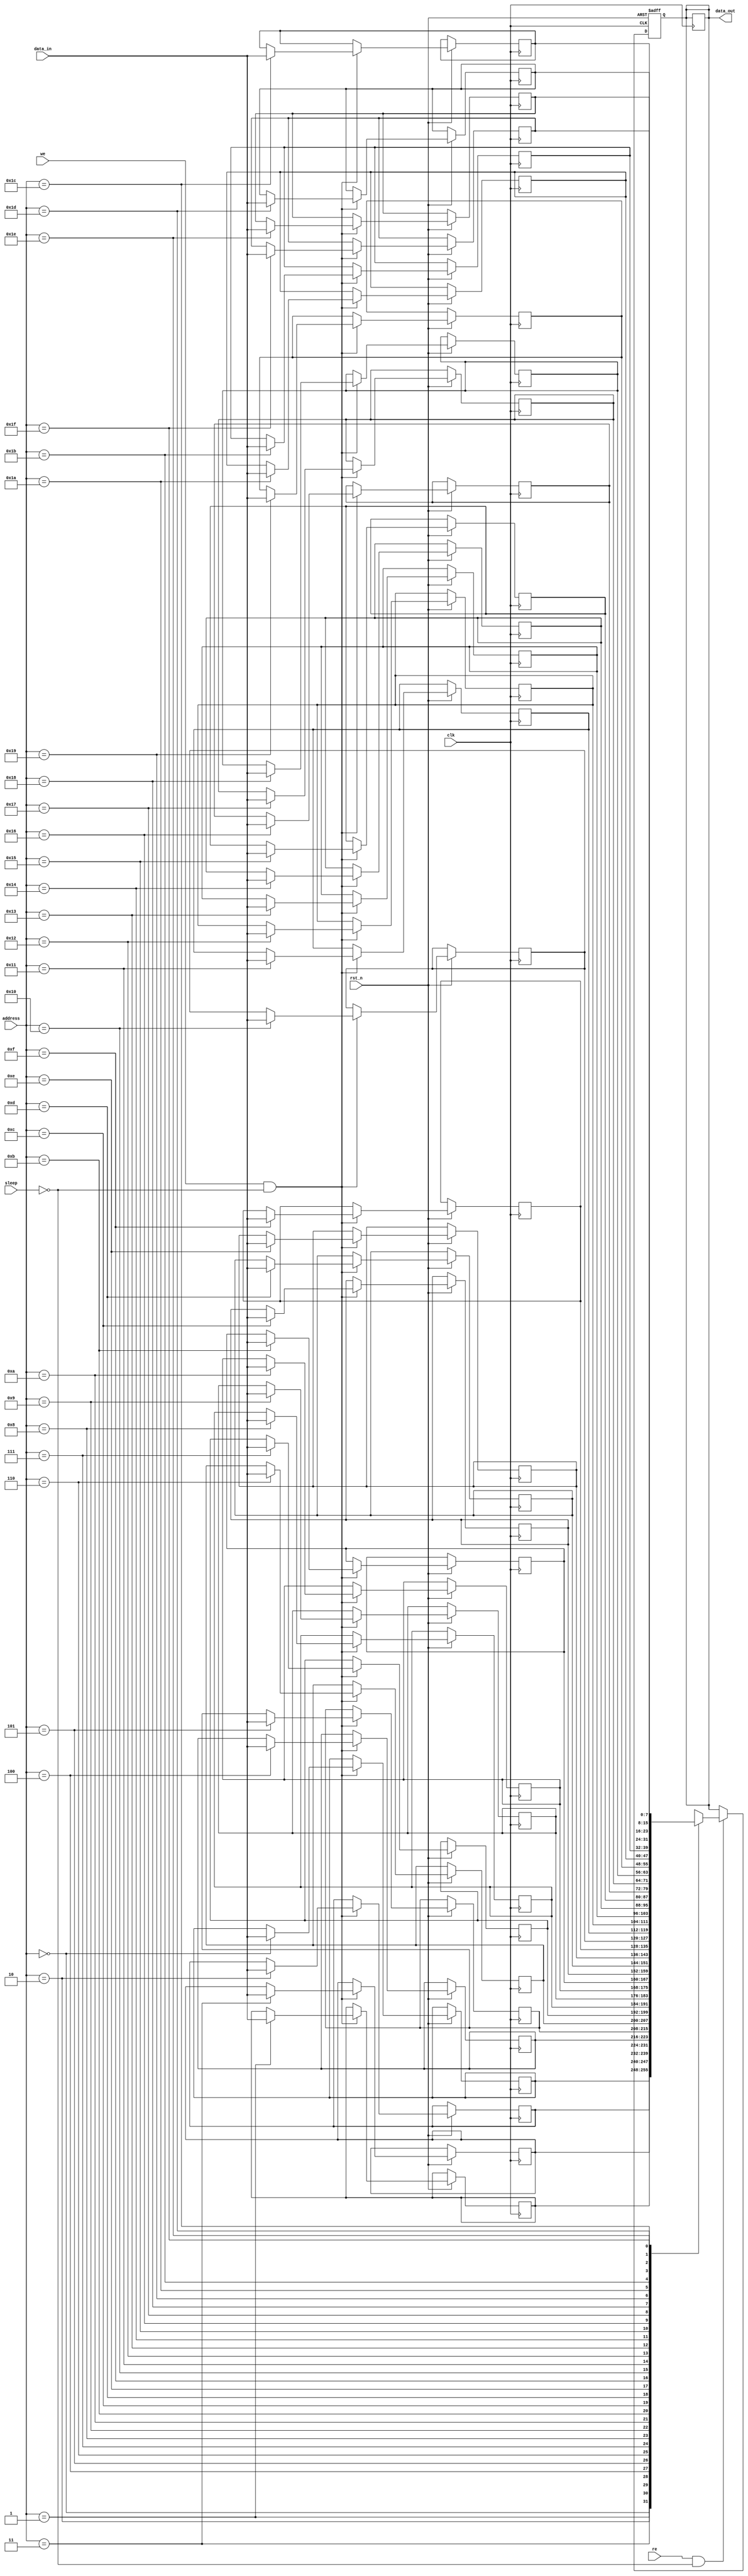
module low_power_sram #(
    parameter ADDR_WIDTH = 5,        // Number of address bits
    parameter DATA_WIDTH = 8,         // Number of bits per word
    parameter MEM_DEPTH = 1 << ADDR_WIDTH // Depth of memory (2^ADDR_WIDTH)
)(
    input wire clk,
    input wire rst_n,
    input wire [ADDR_WIDTH-1:0] address,
    input wire [DATA_WIDTH-1:0] data_in,
    input wire we,                    // Write enable
    input wire re,                    // Read enable
    input wire sleep,                 // Sleep mode enable
    output reg [DATA_WIDTH-1:0] data_out
);

    // Memory array (2^ADDR_WIDTH x DATA_WIDTH)
    reg [DATA_WIDTH-1:0] memory [0:MEM_DEPTH-1];

    // Address decoder (simple decoder logic)
    wire [MEM_DEPTH-1:0] word_line;
    assign word_line = (1 << address);

    // Write operation
    always @(posedge clk or negedge rst_n) begin
        if (!rst_n) begin
            // Reset logic: could initialize memory if required
        end else if (we && !sleep) begin
            memory[address] <= data_in; // Write data to the addressed location
        end
    end

    // Read operation
    always @(posedge clk or negedge rst_n) begin
        if (!rst_n) begin
            data_out <= 0; // Reset output on reset
        end else if (re && !sleep) begin
            data_out <= memory[address]; // Read data from the addressed location
        end
    end

    // Sleep mode handling (disabling memory access)
    always @(posedge clk or negedge rst_n) begin
        if (!rst_n) begin
            // Handle reset in sleep mode if needed
        end else if (sleep) begin
            // In sleep mode, do nothing (or may implement sleep logic)
            data_out <= data_out; // Maintain current output
        end
    end

endmodule